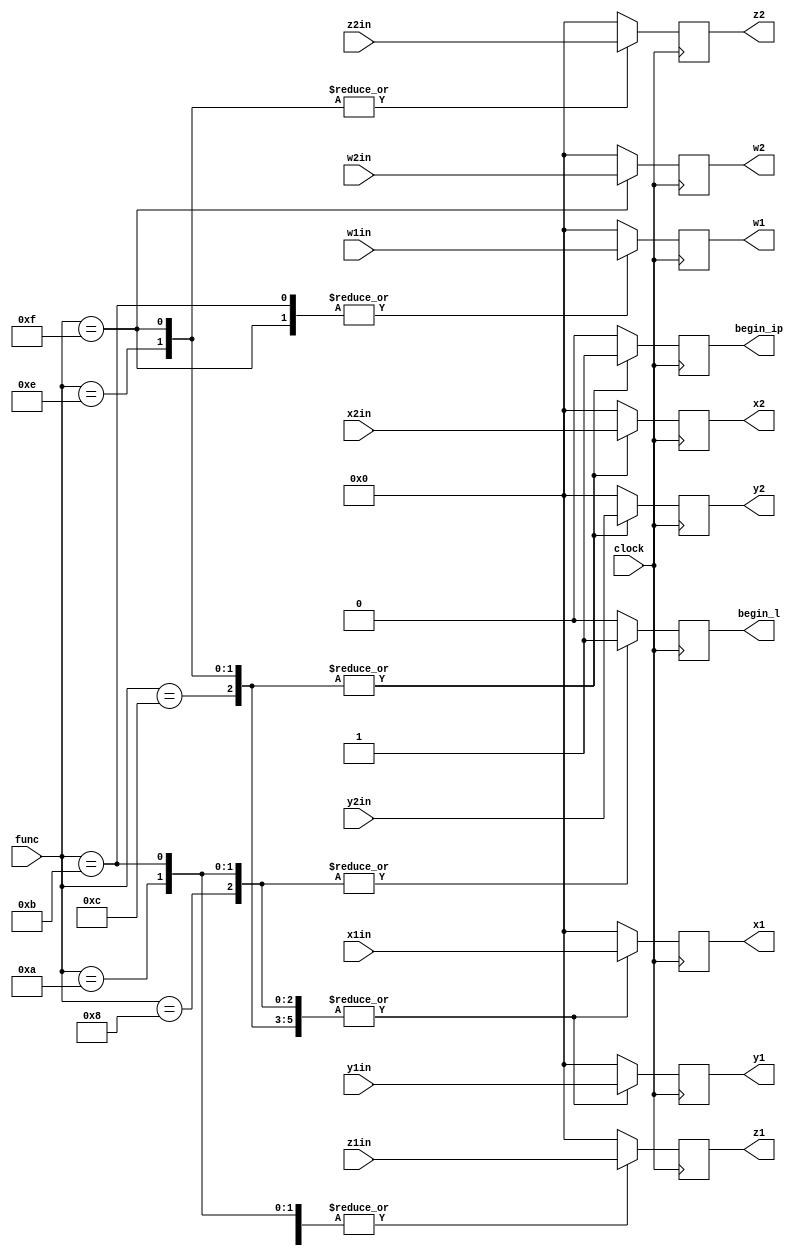
// Company: uth university school of engineers
// 			 Karagiannis Marios
// 			 Lianidis Theodoros 
`timescale 1ns/1ps

module fsm(output reg begin_l,
           output reg begin_ip,
           output reg [31:0] x1,
           output reg [31:0] y1,
           output reg [31:0] z1,
           output reg [31:0] w1,
           output reg [31:0] x2,
           output reg [31:0] y2,
           output reg [31:0] z2,
           output reg [31:0] w2,
           input [31:0] x1in,
           input [31:0] y1in,
           input [31:0] z1in,
           input [31:0] w1in,
           input [31:0] x2in,
           input [31:0] y2in,
           input [31:0] z2in,
           input [31:0] w2in,
           input clock,
           input [3:0] func);

  always @(posedge clock)
   begin
          case (func)
            4'b0000 :
              begin
                x1 <= 32'b0;
                y1 <= 32'b0;
                z1 <= 32'b0;
                w1 <= 32'b0;
                x2 <= 32'b0;
                y2 <= 32'b0;
                z2 <= 32'b0;
                w2 <= 32'b0;
                begin_l <= 1'b0;
                begin_ip <= 1'b0;
              end

            4'b1000 :
              begin
                x1 <= x1in;
                y1 <= y1in;
                z1 <= 32'b0;
                w1 <= 32'b0;
                x2 <= 32'b0;
                y2 <= 32'b0;
                z2 <= 32'b0;
                w2 <= 32'b0;
                begin_l <= 1'b1;
                begin_ip <= 1'b0;
              end
            4'b1010 :
              begin
                x1 <= x1in;
                y1 <= y1in;
                z1 <= z1in;
                w1 <= 32'b0;
                x2 <= 32'b0;
                y2 <= 32'b0;
                z2 <= 32'b0;
                w2 <= 32'b0;
                begin_l <= 1'b1;
                begin_ip <= 1'b0;
                //start = 1'b1;
              end
            4'b1011 :
              begin
                x1 <= x1in;
                y1 <= y1in;
                z1 <= z1in;
                w1 <= w1in;
                x2 <= 32'b0;
                y2 <= 32'b0;
                z2 <= 32'b0;
                w2 <= 32'b0;
                begin_l <= 1'b1;
                begin_ip <= 1'b0;
              end

            4'b1100 :
              begin
                x1 <= x1in;
                y1 <= y1in;
                z1 <= 32'b0;
                w1 <= 32'b0;
                x2 <= x2in;
                y2 <= y2in;
                z2 <= 32'b0;
                w2 <= 32'b0;
                begin_l <= 1'b0;
                begin_ip <= 1'b1;
              end
            4'b1110 :
              begin
                x1 <= x1in;
                y1 <= y1in;
                z1 <= z1in;
                w1 <= 32'b0;
                x2 <= x2in;
                y2 <= y2in;
                z2 <= z2in;
                w2 <= 32'b0;
                begin_l <= 1'b0;
                begin_ip <= 1'b1;
              end
            4'b1111 :
              begin
                x1 <= x1in;
                y1 <= y1in;
                z1 <= z1in;
                w1 <= w1in;
                x2 <= x2in;
                y2 <= y2in;
                z2 <= z2in;
                w2 <= w2in;
                begin_l <= 1'b0;
                begin_ip <= 1'b1;
              end
            default :
            begin
                x1 <= 32'b0;
                y1 <= 32'b0;
                z1 <= 32'b0;
                w1 <= 32'b0;
                x2 <= 32'b0;
                y2 <= 32'b0;
                z2 <= 32'b0;
                w2 <= 32'b0;
                begin_l <= 1'b0;
                begin_ip <= 1'b0;
             end  


        endcase



    end // always

endmodule